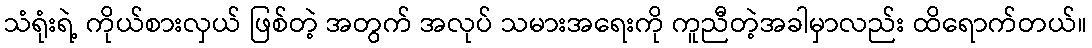
သံရုံးရဲ့ ကိုယ်စားလှယ် ဖြစ်တဲ့ အတွက် အလုပ် သမားအရေးကို ကူညီတဲ့အခါမှာလည်း ထိရောက်တယ်။